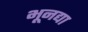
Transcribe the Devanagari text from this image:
भूनद्या